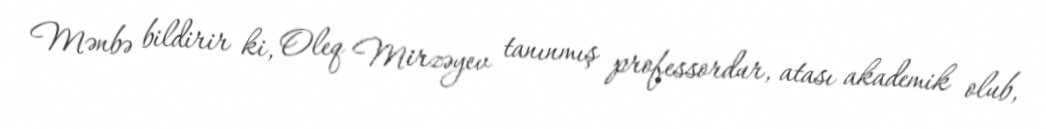
Mənbə bildirir ki, Oleq Mirzəyev tanınmış professordur, atası akademik olub,